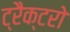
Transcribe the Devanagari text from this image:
ट्रैक्टरो